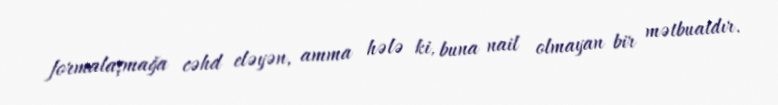
formalaşmağa cəhd eləyən, amma hələ ki, buna nail olmayan bir mətbuatdır.